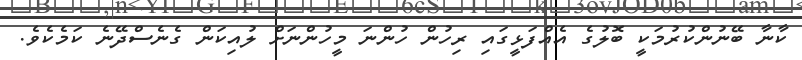
ކާނާ ބޭނުންކުރުމަކީ ބޮލުގެ އެއްފަޅީގައި ރިހުން ހުންނަ މީހުންނަށް ލުއިކަން ގެނެސްދޭނެ ކަމެކެވެ.